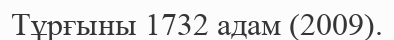
Тұрғыны 1732 адам (2009).